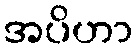
အပိဟာ